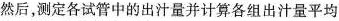
然后，测定各试管中的出汁量并计算各组出汁量平均